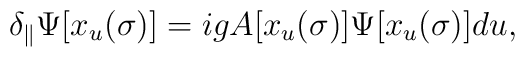
\delta_\parallel\Psi[x_u(\sigma)]=igA[x_u(\sigma)]\Psi[x_u(\sigma)]du,